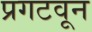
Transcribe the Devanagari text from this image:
प्रगटवून